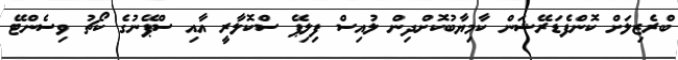
ބްރެޒިލަށް ކޮންފެޑަރޭޝަން ކާމިޔާބުކޮށްދިން ލުއިސް ފިލިޕޭ ސްކޮލާރީ އާއި ސްޕޭނުގެ ކޯޗު ވިސެންޓޭ